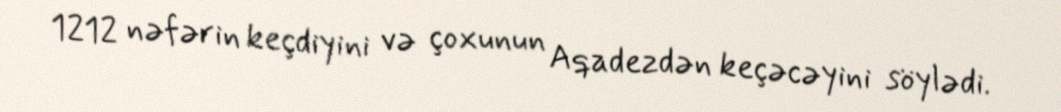
1212 nəfərin keçdiyini və çoxunun Aqadezdən keçəcəyini söylədi.